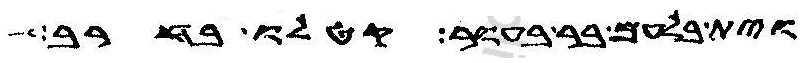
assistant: וית בלעם בר בעור קטלו בחרב